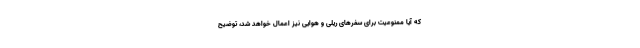
که آیا ممنوعیت برای سفرهای ریلی و هوایی نیز اعمال خواهد شد، توضیح